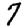
Digit: 7